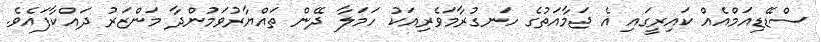
ސްޑޭޑިއަމްއެއް ކައިރީގައި އެ ޖަމާއަތުގެ ހަނގުރާމަވެރިއަކު ހަމަލާ ދޭން ތައްޔާރުވަމުންދާ މަންޒަރު ދައްކާފައެވެ.